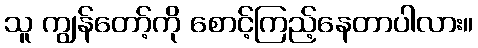
သူ ကျွန်တော့်ကို စောင့်ကြည့်နေတာပါလား။